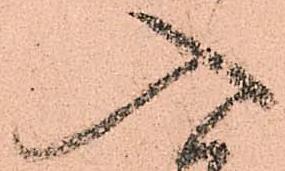
入